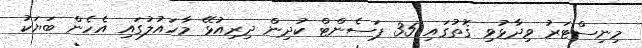
މިނިސްޓަރު ވިދާޅުވި ގޮތުގައި 35 ޕަސެންޓް ކުދިން ދިރިއުޅޭ މާހައުލުގައި އެހެން ބަޔަކު